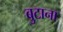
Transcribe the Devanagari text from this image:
बुटाना